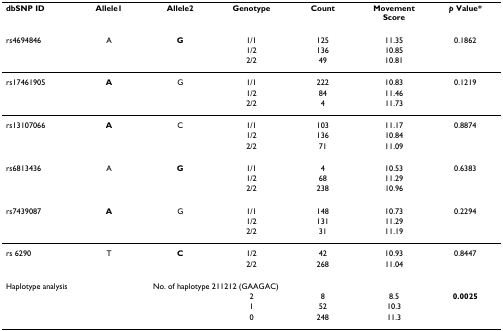
<table><thead><tr><td><b>dbSNP ID</b></td><td><b>Allele1</b></td><td><b>Allele2</b></td><td><b>Genotype</b></td><td><b>Count</b></td><td><b>Movement Score</b></td><td><b><i>p </i>Value*</b></td></tr></thead><tbody><tr><td>rs4694846</td><td>A</td><td><b>G</b></td><td>1/1</td><td>125</td><td>11.35</td><td>0.1862</td></tr><tr><td></td><td></td><td></td><td>1/2</td><td>136</td><td>10.85</td><td></td></tr><tr><td></td><td></td><td></td><td>2/2</td><td>49</td><td>10.81</td><td></td></tr><tr><td>rs17461905</td><td><b>A</b></td><td>G</td><td>1/1</td><td>222</td><td>10.83</td><td>0.1219</td></tr><tr><td></td><td></td><td></td><td>1/2</td><td>84</td><td>11.46</td><td></td></tr><tr><td></td><td></td><td></td><td>2/2</td><td>4</td><td>11.73</td><td></td></tr><tr><td>rs13107066</td><td><b>A</b></td><td>C</td><td>1/1</td><td>103</td><td>11.17</td><td>0.8874</td></tr><tr><td></td><td></td><td></td><td>1/2</td><td>136</td><td>10.84</td><td></td></tr><tr><td></td><td></td><td></td><td>2/2</td><td>71</td><td>11.09</td><td></td></tr><tr><td>rs6813436</td><td>A</td><td><b>G</b></td><td>1/1</td><td>4</td><td>10.53</td><td>0.6383</td></tr><tr><td></td><td></td><td></td><td>1/2</td><td>68</td><td>11.29</td><td></td></tr><tr><td></td><td></td><td></td><td>2/2</td><td>238</td><td>10.96</td><td></td></tr><tr><td>rs7439087</td><td><b>A</b></td><td>G</td><td>1/1</td><td>148</td><td>10.73</td><td>0.2294</td></tr><tr><td></td><td></td><td></td><td>1/2</td><td>131</td><td>11.29</td><td></td></tr><tr><td></td><td></td><td></td><td>2/2</td><td>31</td><td>11.19</td><td></td></tr><tr><td>rs 6290</td><td>T</td><td><b>C</b></td><td>1/2</td><td>42</td><td>10.93</td><td>0.8447</td></tr><tr><td></td><td></td><td></td><td>2/2</td><td>268</td><td>11.04</td><td></td></tr><tr><td>Haplotype analysis</td><td colspan="4">No. of haplotype 211212 (GAAGAC)</td><td></td><td></td></tr><tr><td></td><td></td><td></td><td>2</td><td>8</td><td>8.5</td><td><b>0.0025</b></td></tr><tr><td></td><td></td><td></td><td>1</td><td>52</td><td>10.3</td><td></td></tr><tr><td></td><td></td><td></td><td>0</td><td>248</td><td>11.3</td><td></td></tr></tbody></table>